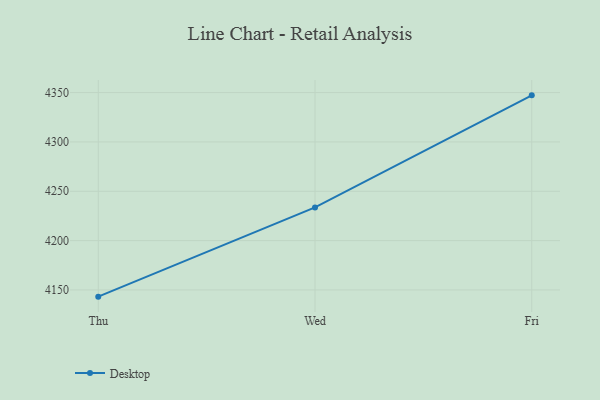
{"axis": {"x": "Day", "y": "Customer Acquisition Cost (USD)"}, "legend": ["Desktop"], "data": [{"x": "Thu", "y": 4143.2, "type": "Desktop"}, {"x": "Wed", "y": 4233.6, "type": "Desktop"}, {"x": "Fri", "y": 4347.2, "type": "Desktop"}]}